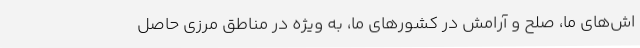
اش‌های ما، صلح و آرامش در کشورهای ما، به ویژه در مناطق مرزی حاصل